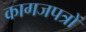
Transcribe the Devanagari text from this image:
कागजपत्रों